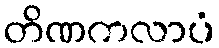
တိဏကလာပံ